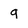
Character: q